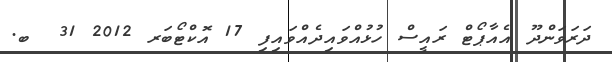
ދަރަވަންދޫ އެއާޕޯޓް ރައީސް ހުޅުއްވައިދެއްވައިފި 17 އޮކްޓޯބަރ 2012 31  ބ.